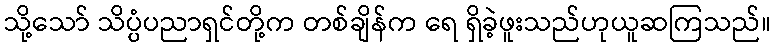
သို့သော် သိပ္ပံပညာရှင်တို့က တစ်ချိန်က ရေ ရှိခဲ့ဖူးသည်ဟုယူဆကြသည်။